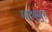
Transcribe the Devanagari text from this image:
महबूबुर